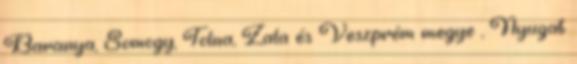
Baranya, Somogy, Tolna, Zala és Veszprém megye , Nyugat